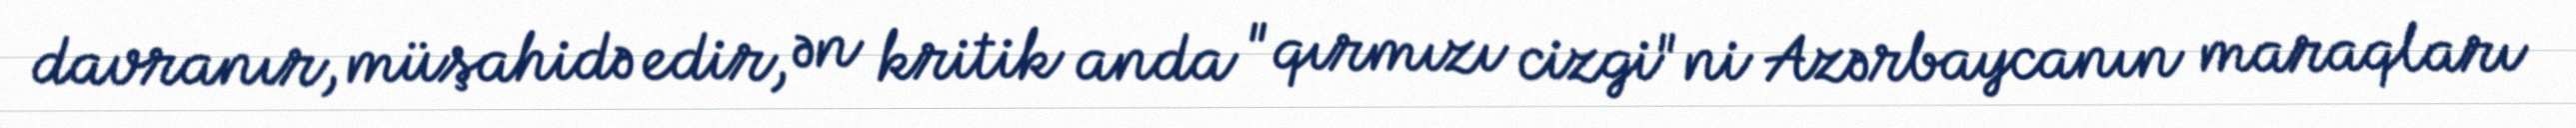
davranır, müşahidə edir, ən kritik anda "qırmızı cizgi"ni Azərbaycanın maraqları